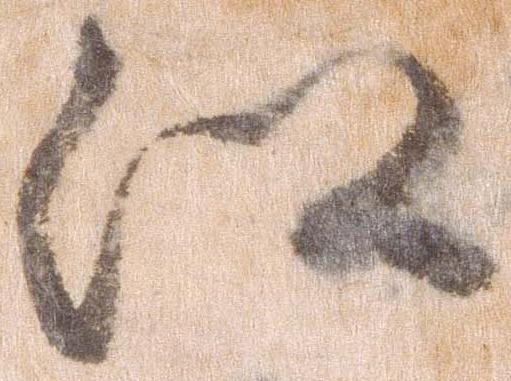
江